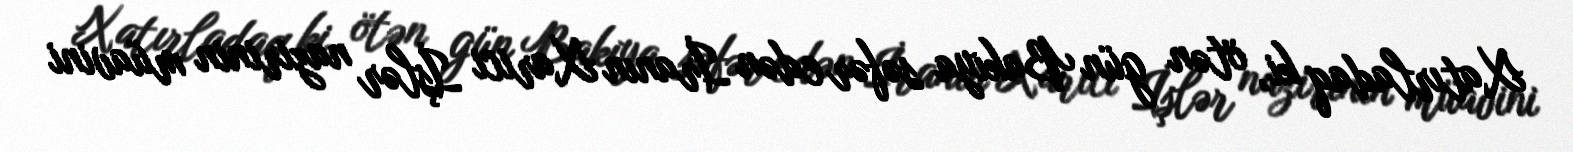
Xatırladaq ki, ötən gün Bakıya səfər edən İranın Xarici İşlər nazirinin müavini